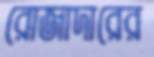
রোজাদারের